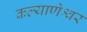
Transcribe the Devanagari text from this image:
कल्याणेश्वर